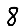
Digit: 8